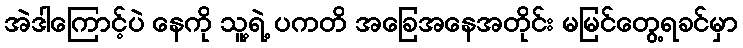
အဲဒါကြောင့်ပဲ နေကို သူ့ရဲ့ ပကတိ အခြေအနေအတိုင်း မမြင်တွေ့ရခင်မှာ